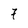
Character: 7